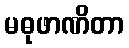
မဓုဖာဏိတာ